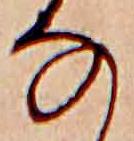
な